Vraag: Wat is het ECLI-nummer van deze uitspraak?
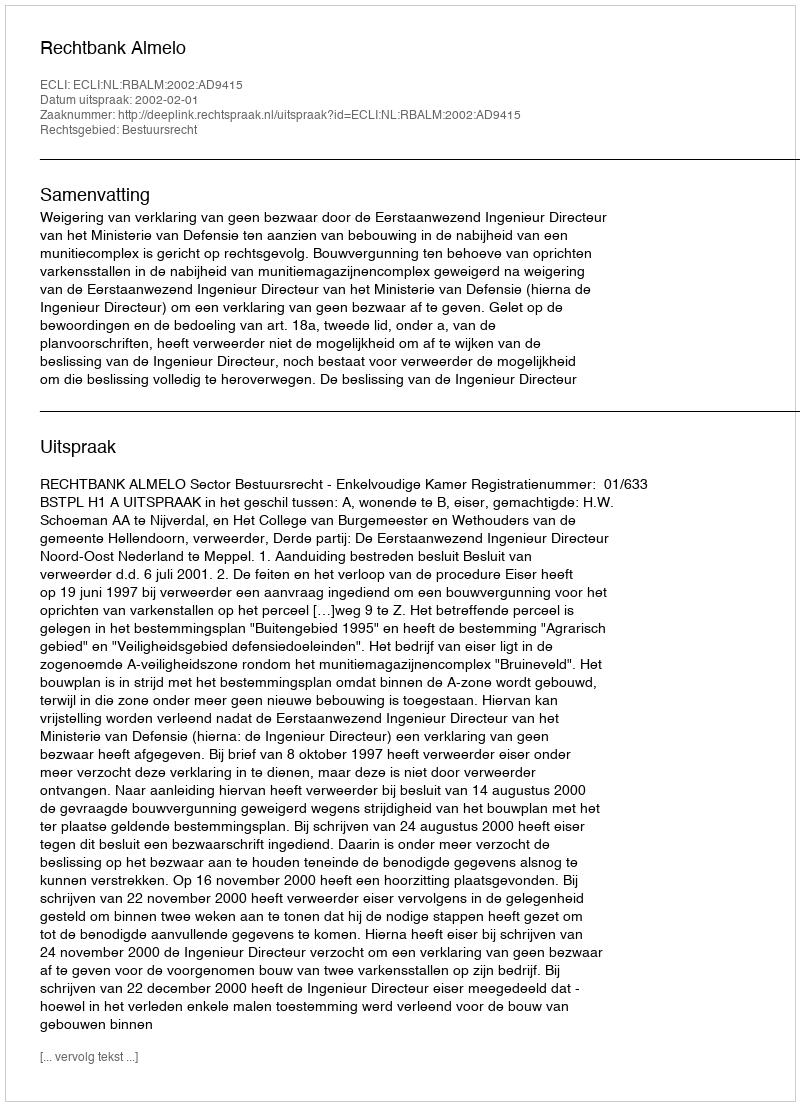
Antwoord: ECLI:NL:RBALM:2002:AD9415